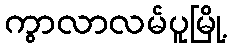
ကွာလာလမ်ပူမြို့